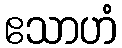
ဧသာဟံ